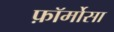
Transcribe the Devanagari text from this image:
फ़ॉर्मोसा